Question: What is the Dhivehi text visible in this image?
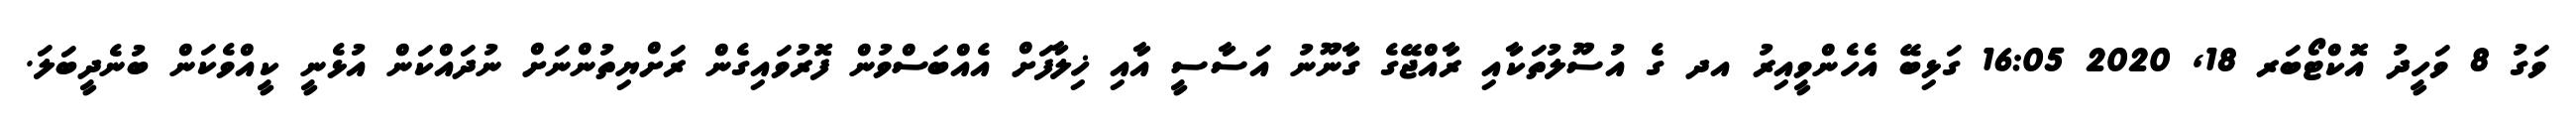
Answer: ވަގު 8 ވަހީދު އޮކްޓޯބަރ 18, 2020 16:05 ގަޅިބޭ އެހެންވީއިރު އދ ގެ އުސޫލުތަކާއި ރާއްޖޭގެ ގާނޫނު އަސާސީ އާއި ޚިލާފަށް އެއްބަސްވުން ފޮރުވައިގެން ރަށްޔިތުންނަށް ނުދައްކަން އުޅެނީ ކީއްވެކަން ބުނެދީބަލަ.